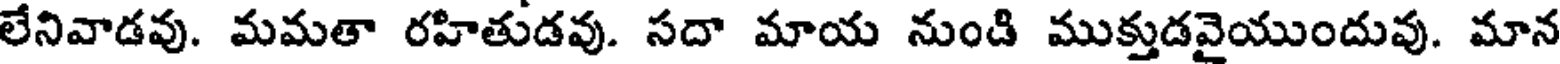
లేనివాడవు. మమతా రహితుడవు. సదా మాయ నుంది ముక్తుడవైయుందువు. మాన